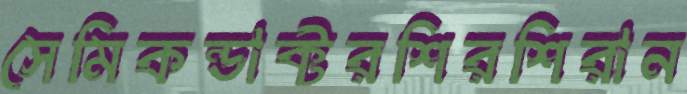
সেমিকন্ডাক্টরশিরশিরান